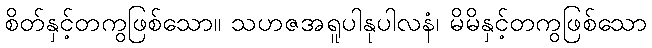
စိတ်နှင့်တကွဖြစ်သော။ သဟဇအရူပါနုပါလနံ၊ မိမိနှင့်တကွဖြစ်သော